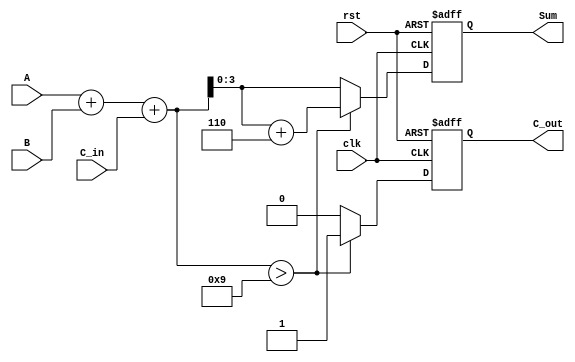
module BCD_Synchronous_Adder (
    input wire [3:0] A,       // First BCD operand
    input wire [3:0] B,       // Second BCD operand
    input wire C_in,          // Carry input
    input wire clk,           // Clock signal
    input wire rst,           // Reset signal
    output reg [3:0] Sum,     // BCD output sum
    output reg C_out          // Carry output
);

    reg [4:0] Full_Sum;       // 5-bit to hold the full binary sum

    always @(posedge clk or posedge rst) begin
        if (rst) begin
            Sum <= 4'b0000;    // Reset the Sum output
            C_out <= 1'b0;     // Reset the carry output
        end else begin
            // Calculate the full sum
            Full_Sum = A + B + C_in;

            // Check for BCD correction
            if (Full_Sum > 9) begin
                Full_Sum = Full_Sum + 5'b00110; // Add 6 for BCD correction
                C_out <= 1'b1;                  // Set carry out
            end else begin
                C_out <= 1'b0;                  // No carry out
            end

            // Assign the lower 4 bits to the Sum output
            Sum <= Full_Sum[3:0];
        end
    end

endmodule